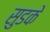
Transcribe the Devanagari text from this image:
सुडके